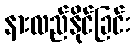
နားလည်နိုင်ခြင်း